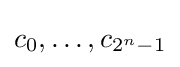
c_{0},\dots ,c_{2^{n}-1}